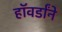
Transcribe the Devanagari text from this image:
हॉवर्डांने